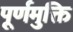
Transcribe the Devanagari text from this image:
पूर्णमुक्ति